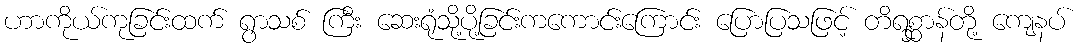
ဟာကိုယ်ကုခြင်းထက် ရွာသစ် ကြီး ဆေးရုံသို့ပို့ခြင်းကကောင်းကြောင်း ပြောပြသဖြင့် တိရစ္ဆာန်တို့ ကျေနပ်